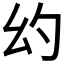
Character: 𪪊